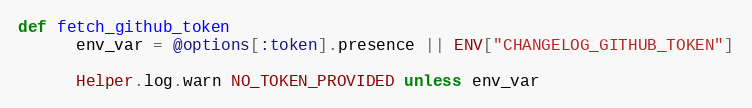
Language: Ruby
def fetch_github_token
      env_var = @options[:token].presence || ENV["CHANGELOG_GITHUB_TOKEN"]

      Helper.log.warn NO_TOKEN_PROVIDED unless env_var